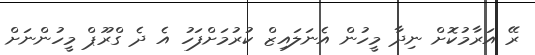
ރޭ އަރާމުކޮށް ނިދާ މީހުން އެނަލައިޒް ކުރުމަށްފަހު އެ ދެ ގްރޫޕް މީހުންނަށް